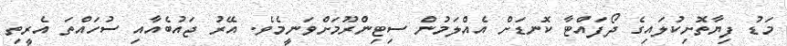
މަޑު ފިޔާތޮށިކުލައިގެ ދޯފައްޓާ ކޮނޑަށް އެއްލަމުން ސިޓިންރޫމަށްވަނީމެވެ. އޭރު ޖައުބެއާއި ސުހައްތަ އެރީތި